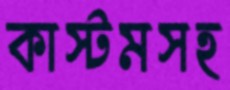
কাস্টমসহ